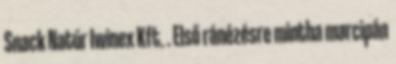
Snack Natúr Iwinex Kft. . Első ránézésre mintha marcipán